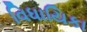
વિધાયિકા